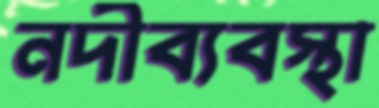
নদীব্যবস্থা